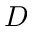
D